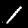
Digit: 1